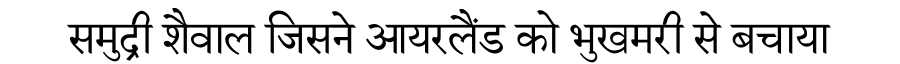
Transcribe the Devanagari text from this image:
समुद्री शैवाल जिसने आयरलैंड को भुखमरी से बचाया